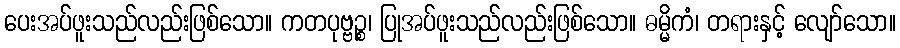
ပေးအပ်ဖူးသည်လည်းဖြစ်သော။ ကတပုဗ္ဗဉ္စ၊ ပြုအပ်ဖူးသည်လည်းဖြစ်သော။ ဓမ္မိကံ၊ တရားနှင့် လျော်သော။